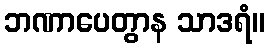
ဘဏာပေတွာန သာဒရံ။